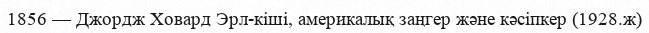
1856 — Джордж Ховард Эрл-кіші, америкалық заңгер және кәсіпкер (1928.ж)